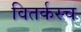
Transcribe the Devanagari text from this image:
वितर्कस्च